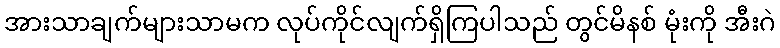
အားသာချက်များသာမက လုပ်ကိုင်လျက်ရှိကြပါသည် တွင်မိနစ် မုံးကို အီးဂဲ